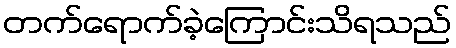
တက်ရောက်ခဲ့ကြောင်းသိရသည်